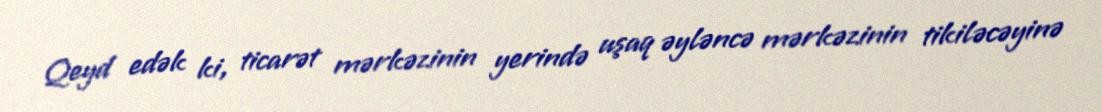
Qeyd edək ki, ticarət mərkəzinin yerində uşaq əyləncə mərkəzinin tikiləcəyinə